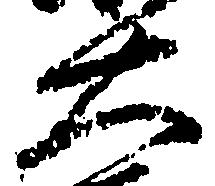
大